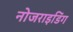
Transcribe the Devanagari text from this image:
नोजराइडिंग